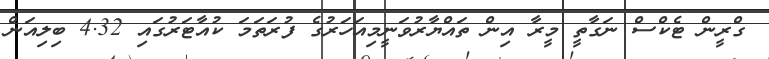
ގްރީން ޓެކްސް ނަގާތީ މީރާ އިން ތައްޔާރުވަނީމިއަހަރުގެ ފުރަތަމަ ކުއާޓަރުގައި 4.32 ބިލިއަން